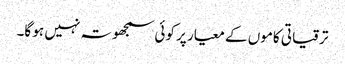
ترقیاتی کاموں کے معیار پر کوئی سمجھوتہ نہیں ہو گا۔